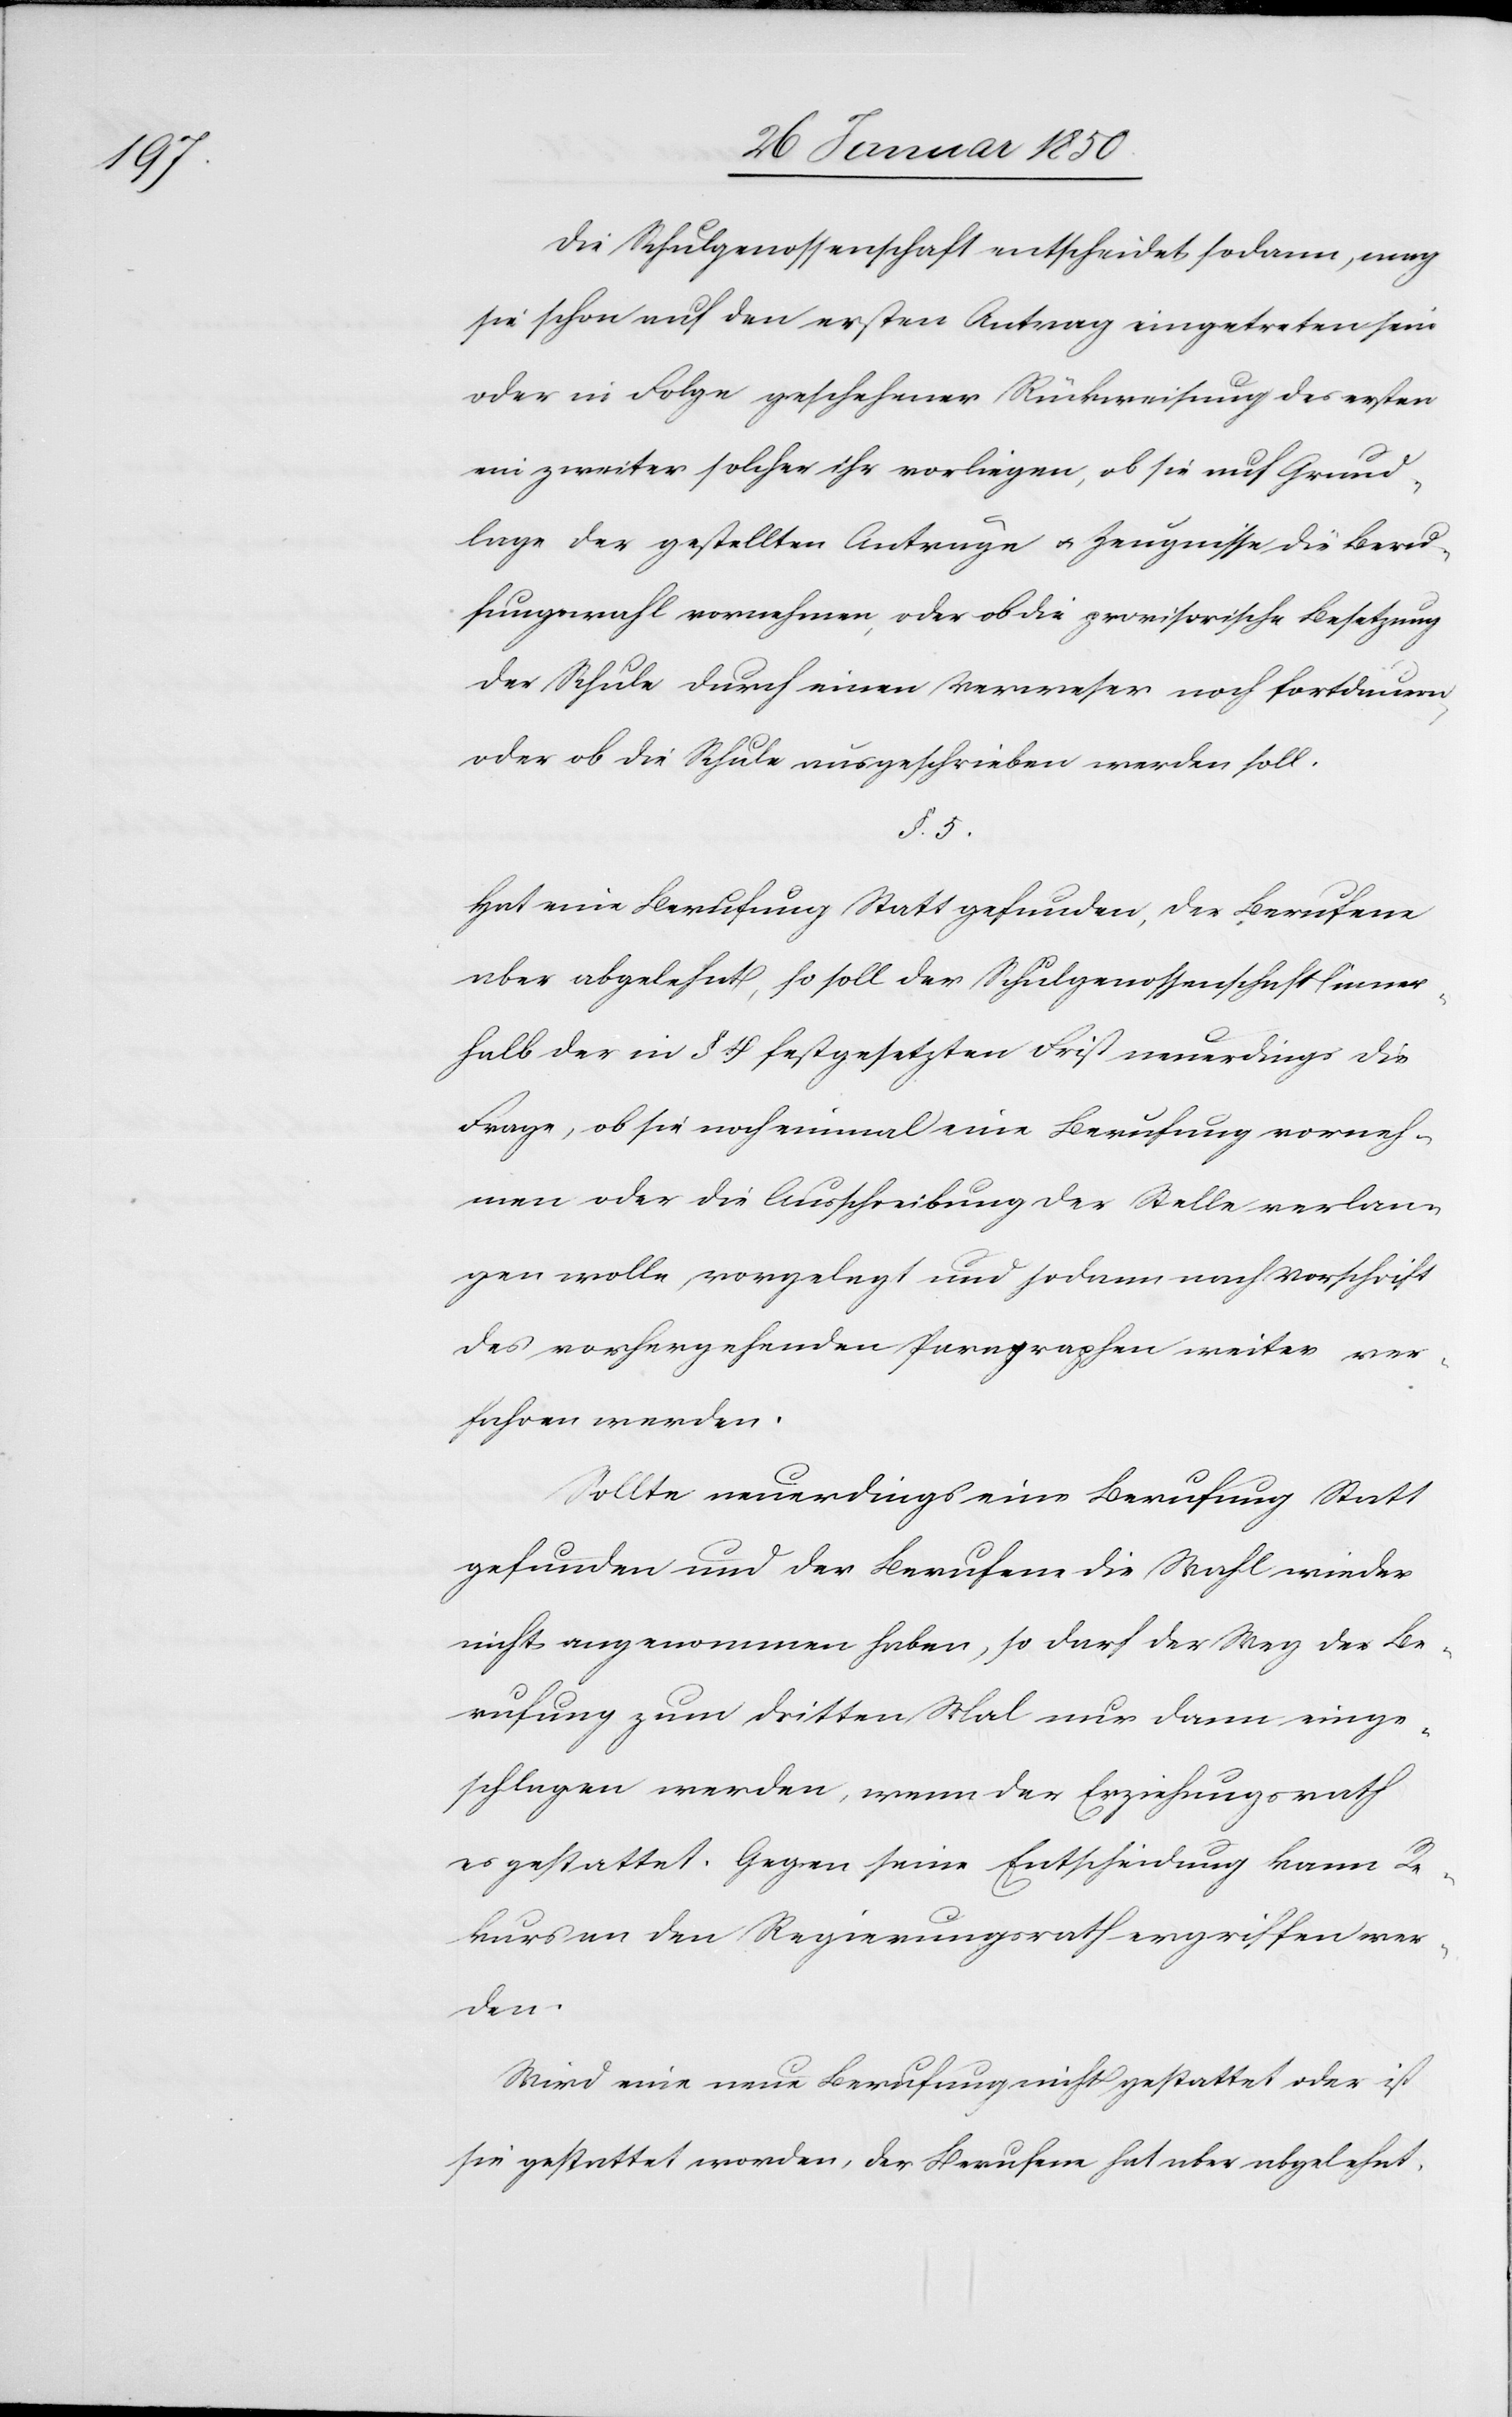
Die Schulgenossenschaft entscheidet sodann, mag
sie schon auf den ersten Antrag eingetreten sein
oder in Folge geschehener Rückweisung des ersten
ein zweiter solcher ihr vorliegen, ob sie auf Grund¬
lage der gestellten Anträge u. Zeugnisse die Beru¬
fungswahl vornehmen, oder ob die provisorische Besetzung
der Schule durch einen Verweser noch fortdauern,
oder ob die Schule ausgeschrieben werden soll.
§. 5.
Hat eine Berufung Statt gefunden, der Berufene
aber abgelehnt, so soll der Schulgenossenschaft inner¬
halb der in § 4 festgesetzten Frist neuerdings die
Frage, ob sie noch einmal eine Berufung vorneh¬
men oder die Ausschreibung der Stelle verlan¬
gen wolle, vorgelegt und sodann nach Vorschrift
des vorhergehenden Paragraphen weiter ver¬
fahren werden.
Sollte neuerdings eine Berufung Statt
gefunden und der Berufene die Wahl wieder
nicht angenommen haben, so darf der Weg der Be¬
rufung zum dritten Mal nur dann einge¬
schlagen werden, wenn der Erziehungsrath
es gestattet. Gegen seine Entscheidung kann Re¬
kurs an den Regierungsrath ergriffen wer¬
den.
Wird eine neue Berufung nicht gestattet oder ist
sie gestattet worden, der Berufene hat aber abgelehnt,